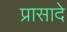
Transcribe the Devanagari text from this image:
प्रासादे